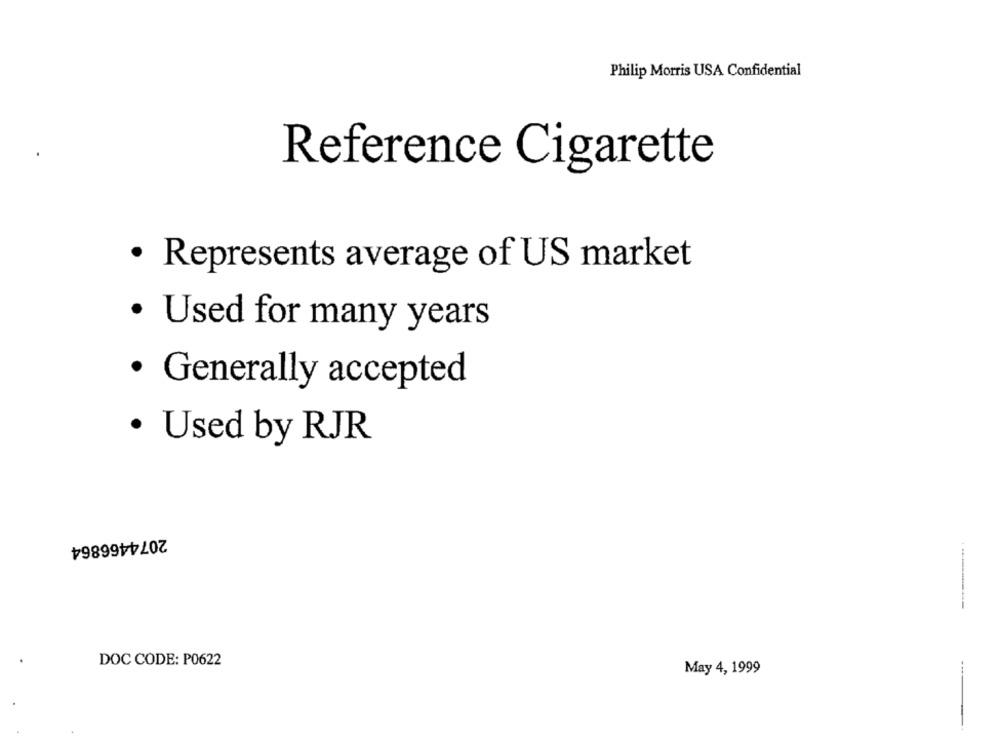
Philip Morris USA Confidential
Reference Cigarette
· Represents average of US market
· Used for many years
· Generally accepted
· Used by RJR
2074466864
DOC CODE: P0622
May 4, 1999